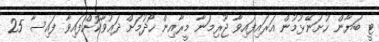
ޓީ ބަޔާން ހުށަނޭޅުމުން އަރައިފައިވާ ޖޫރިމަނާ މީރާއިން ހޯދުމަށް ދަޢުވާކޮށްފައިވާ ފައިސާ 25